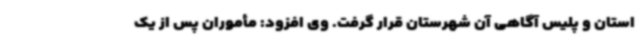
استان و پلیس آگاهی آن شهرستان قرار گرفت. وی افزود: مأموران پس از یک